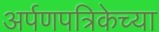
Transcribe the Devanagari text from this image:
अर्पणपत्रिकेच्या